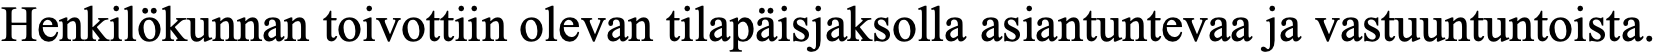
Henkilökunnan toivottiin olevan tilapäisjaksolla asiantuntevaa ja vastuuntuntoista.